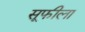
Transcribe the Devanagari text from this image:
सूफीला